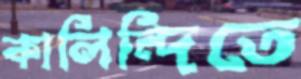
কালিন্দিতে